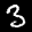
Label: 3